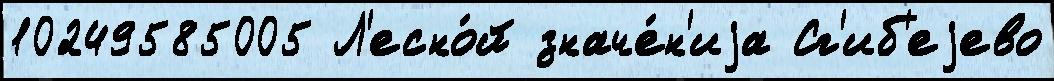
10249585005 Л'есно́й значе́н'иjа Сг'иб'еjево